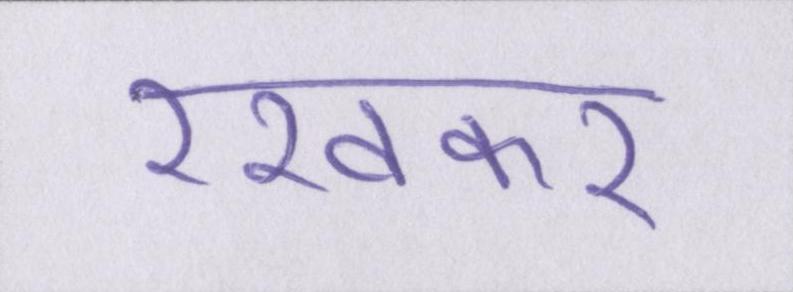
रखकर